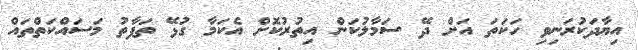
އިޔާދަކުރަނިވި ހަކަތަ އަށް ދޭ ސަމާލުކަން އިތުރުކޮށް އެކަމާ ގުޅޭ ތަފާތު މަސައްކަތްތައް